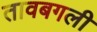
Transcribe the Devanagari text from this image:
तावबगली